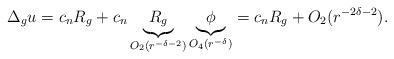
LaTeX: \begin{align*}\Delta_{g}u=c_nR_{g} + c_n\underbrace{R_{g}}_{O_2(r^{-\delta-2})}\underbrace{\phi}_{O_4(r^{-\delta})}=c_nR_{g} + O_2(r^{-2\delta-2}).\end{align*}